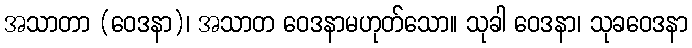
အသာတာ (ဝေဒနာ)၊ အသာတ ဝေဒနာမဟုတ်သော။ သုခါ ဝေဒနာ၊ သုခဝေဒနာ